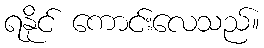
ရနိုင် ကောင်းလေသည်။